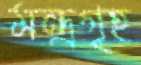
মন্ত্রগৃহ